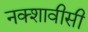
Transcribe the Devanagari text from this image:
नक्शावीसी